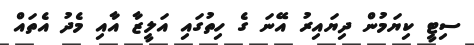
ސިޓީ ކިޔަމުން ދިޔައިރު އޭނަ ގެ ހިތުގައި އަލީޒާ އާއި މެދު އެތައް